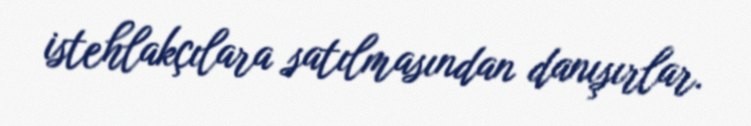
istehlakçılara satılmasından danışırlar.